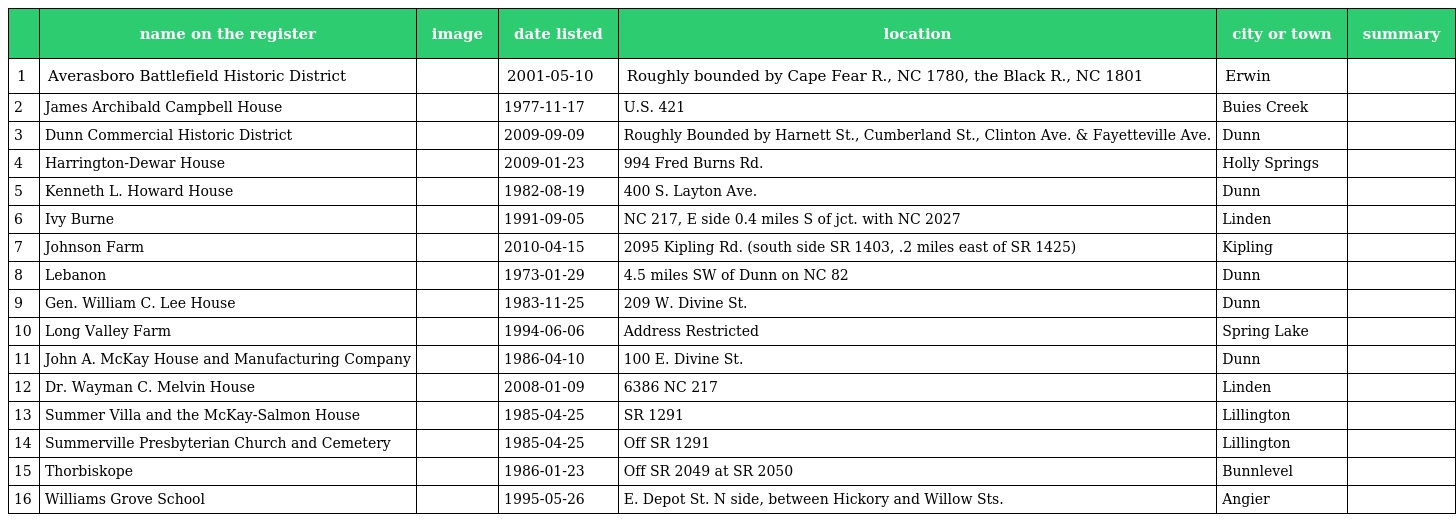
|  | name on the register | image | date listed | location | city or town | summary |
 | --- | --- | --- | --- | --- | --- | --- |
 | 1 | Averasboro Battlefield Historic District |  | 2001-05-10 | Roughly bounded by Cape Fear R., NC 1780, the Black R., NC 1801 | Erwin |  |
 | 2 | James Archibald Campbell House |  | 1977-11-17 | U.S. 421 | Buies Creek |  |
 | 3 | Dunn Commercial Historic District |  | 2009-09-09 | Roughly Bounded by Harnett St., Cumberland St., Clinton Ave. & Fayetteville Ave. | Dunn |  |
 | 4 | Harrington-Dewar House |  | 2009-01-23 | 994 Fred Burns Rd. | Holly Springs |  |
 | 5 | Kenneth L. Howard House |  | 1982-08-19 | 400 S. Layton Ave. | Dunn |  |
 | 6 | Ivy Burne |  | 1991-09-05 | NC 217, E side 0.4 miles S of jct. with NC 2027 | Linden |  |
 | 7 | Johnson Farm |  | 2010-04-15 | 2095 Kipling Rd. (south side SR 1403, .2 miles east of SR 1425) | Kipling |  |
 | 8 | Lebanon |  | 1973-01-29 | 4.5 miles SW of Dunn on NC 82 | Dunn |  |
 | 9 | Gen. William C. Lee House |  | 1983-11-25 | 209 W. Divine St. | Dunn |  |
 | 10 | Long Valley Farm |  | 1994-06-06 | Address Restricted | Spring Lake |  |
 | 11 | John A. McKay House and Manufacturing Company |  | 1986-04-10 | 100 E. Divine St. | Dunn |  |
 | 12 | Dr. Wayman C. Melvin House |  | 2008-01-09 | 6386 NC 217 | Linden |  |
 | 13 | Summer Villa and the McKay-Salmon House |  | 1985-04-25 | SR 1291 | Lillington |  |
 | 14 | Summerville Presbyterian Church and Cemetery |  | 1985-04-25 | Off SR 1291 | Lillington |  |
 | 15 | Thorbiskope |  | 1986-01-23 | Off SR 2049 at SR 2050 | Bunnlevel |  |
 | 16 | Williams Grove School |  | 1995-05-26 | E. Depot St. N side, between Hickory and Willow Sts. | Angier |  |